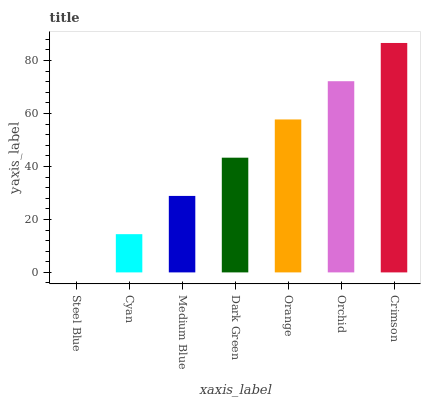
| xaxis_label | bars |
 | --- | --- |
 | Steel Blue | 0 |
 | Cyan | 14.4 |
 | Medium Blue | 28.9 |
 | Dark Green | 43.3 |
 | Orange | 57.8 |
 | Orchid | 72.2 |
 | Crimson | 86.6 |